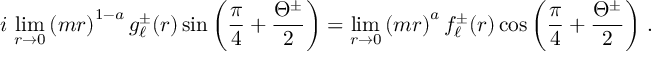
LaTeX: i \, \operatorname * { l i m } _ { r \rightarrow 0 } \left( m r \right) ^ { 1 - a } g _ { \ell } ^ { \pm } ( r ) \sin \left( \frac { \pi } { 4 } + \frac { \Theta ^ { \pm } } { 2 } \right) = \operatorname * { l i m } _ { r \rightarrow 0 } \left( m r \right) ^ { a } f _ { \ell } ^ { \pm } ( r ) \cos \left( \frac { \pi } { 4 } + \frac { \Theta ^ { \pm } } { 2 } \right) \, .